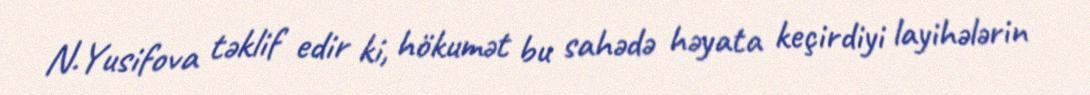
N.Yusifova təklif edir ki, hökumət bu sahədə həyata keçirdiyi layihələrin